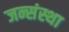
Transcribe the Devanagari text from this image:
जन्संस्था